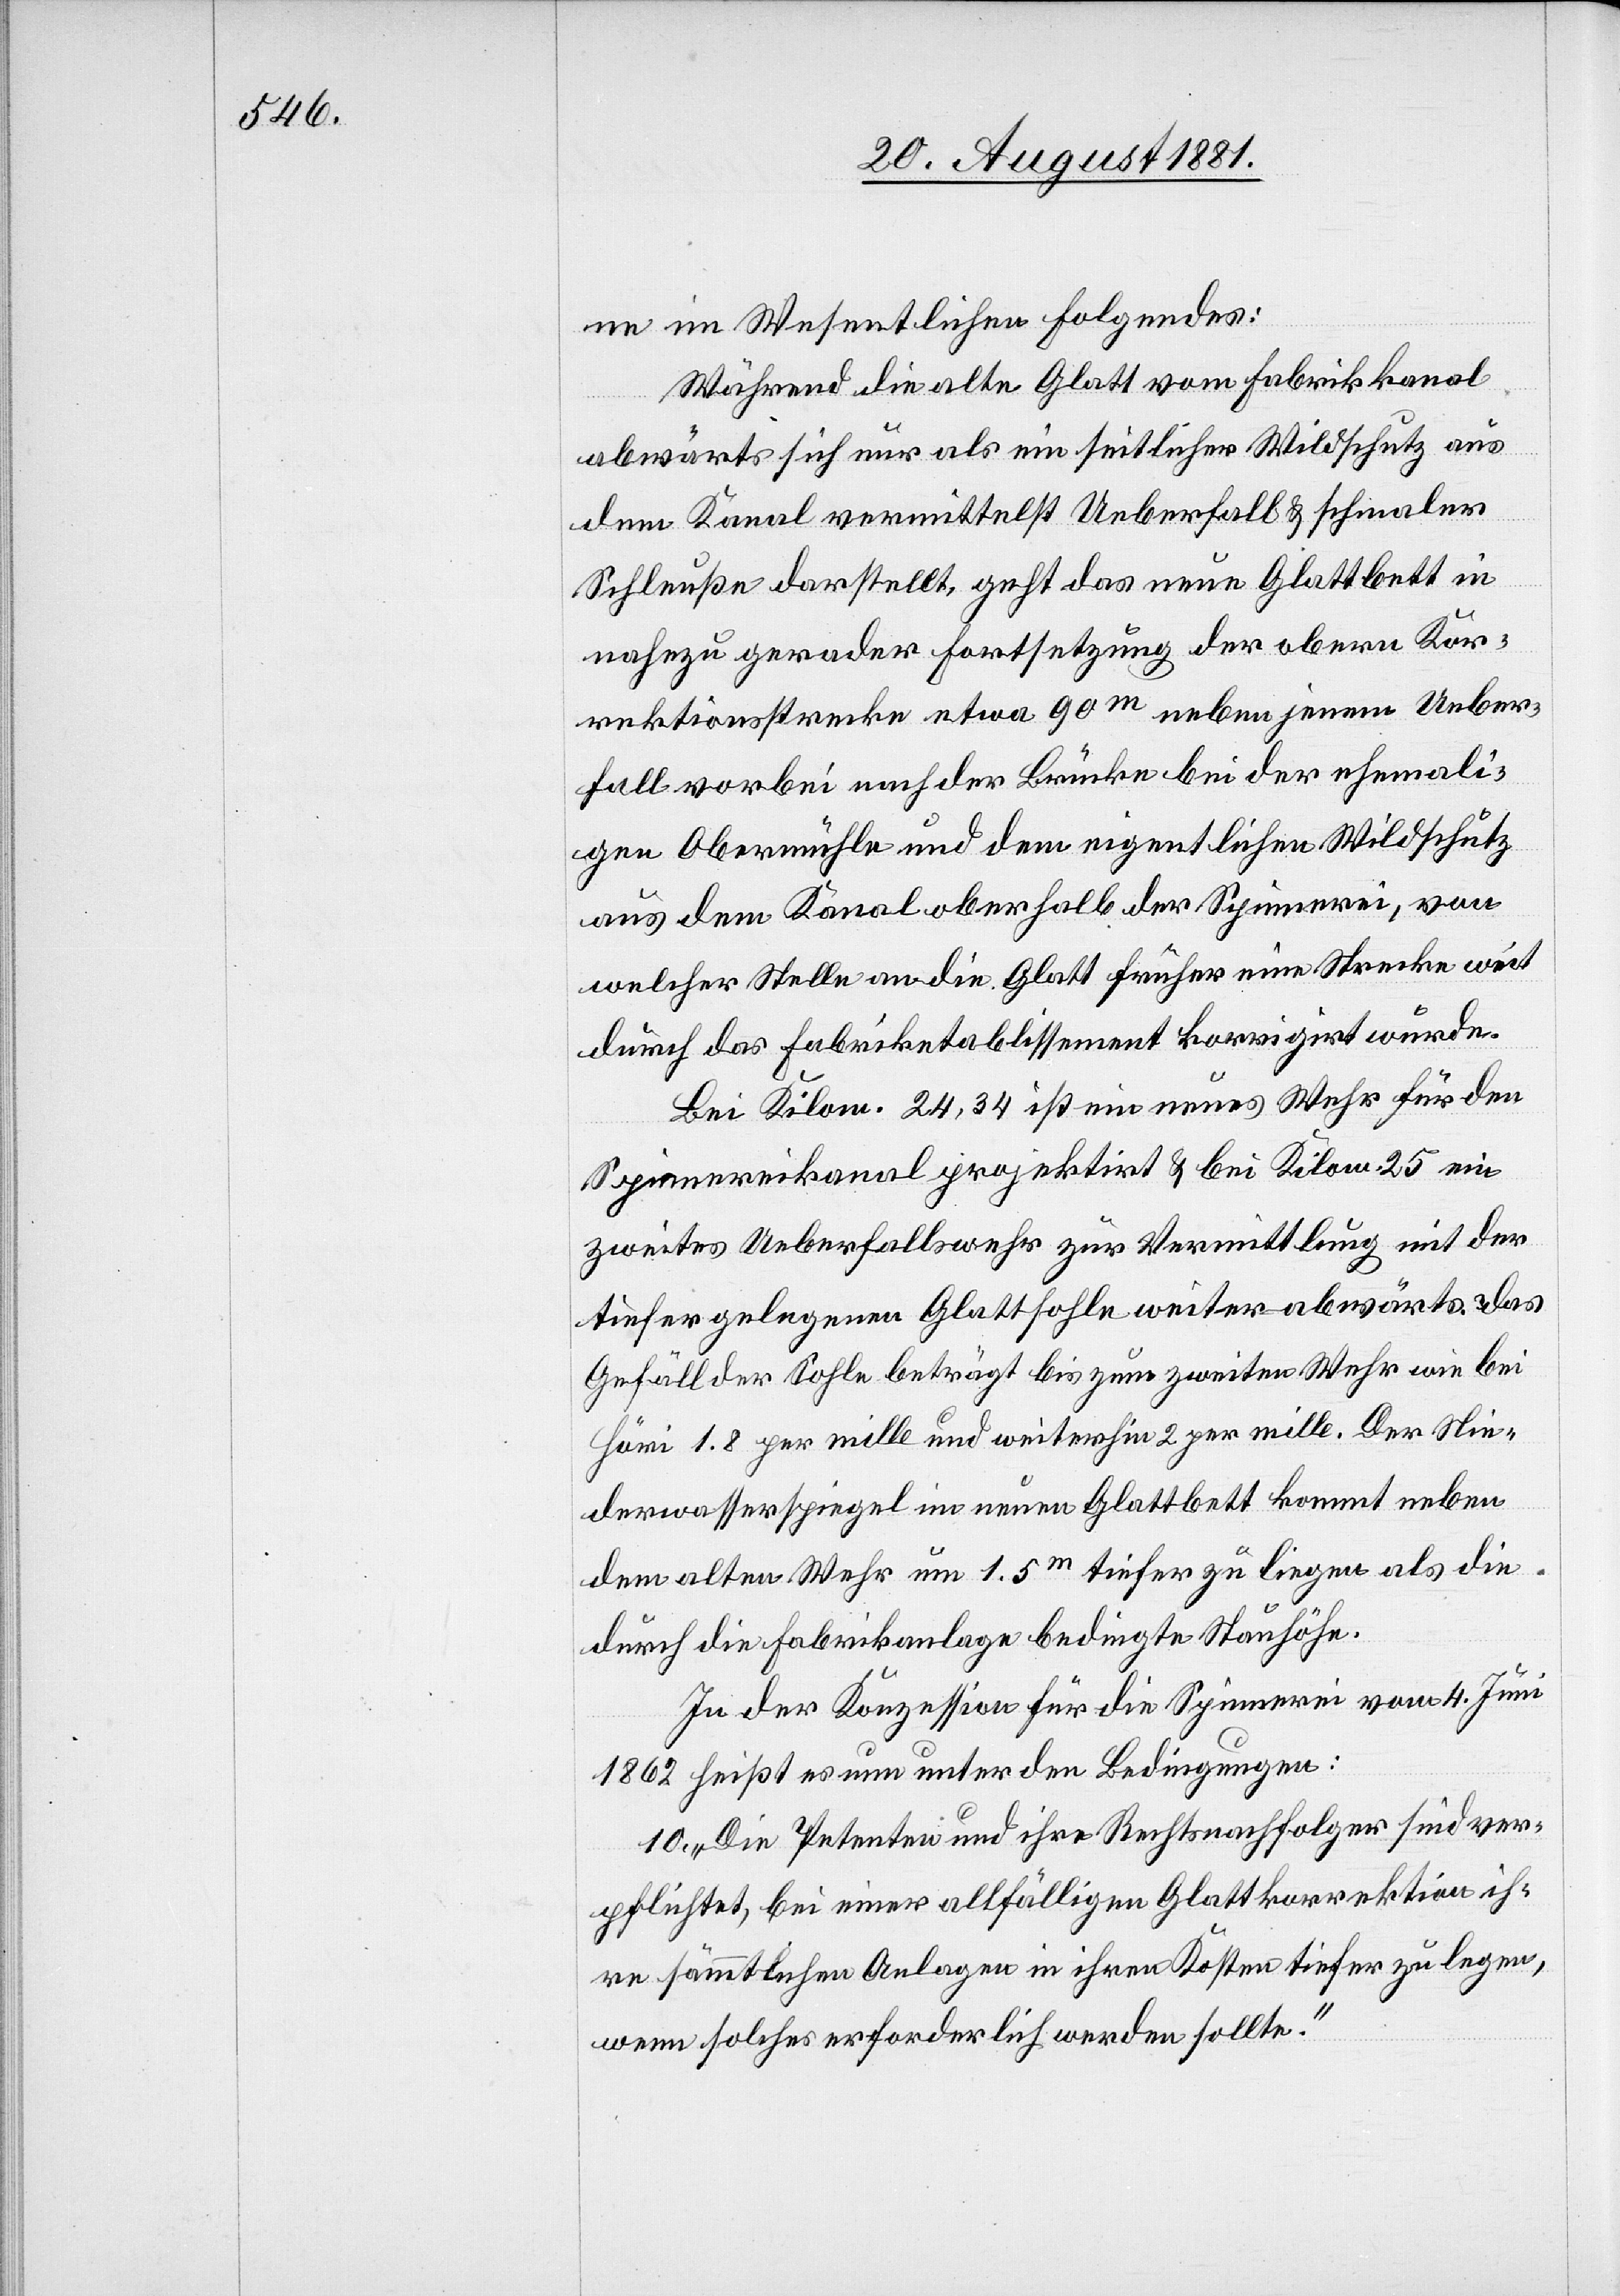
ne im Wesentlichen folgendes:
Während die alte Glatt vom Fabrikkanal
abwärts sich nur als ein seitlicher Wildschutz aus
dem Kanal vermittelst Ueberfall & schmaler
Schleuße darstellt, geht das neue Glattbett in
nahezu gerader Fortsetzung der obern Kor¬
rektionsstrecke etwa 90m neben jenem Ueber¬
fall vorbei nach der Brücke bei der ehemali¬
gen Obermühle und dem eigentlichen Wildschutz
aus dem Kanal oberhalb der Spinnerei, von
welcher Stelle an die Glatt früher eine Strecke weit
durch das Fabriketablissement korrigirt wurde.
Bei Kilom. 24,34 ist ein neues Wehr für den
Spinnereikanal projektirt & bei Kilom. 25 ein
zweites Ueberfallswehr zur Vermittlung mit der
tiefer gelegenen Glattfohle weiter abwärts. das
Gefälle der Sohle beträgt bis zum zweiten Wehr wie bei
Höri 1.8 per mille und weiterhin 2 per mille. Der Nie¬
derwasserspiegel im neuen Glattbett kommt neben
dem alten Wehr um 1.5m tiefer zu liegen als die
durch die Fabrikanlage bedingte Stauhöhe.
In der Konzession für die Spinnerei vom 4. Juni
1862 heißt es nun unter den Bedingungen:
10. „Die Petenten und ihre Rechtsnachfolger sind ver¬
pflichtet, bei einer allfälligen Glattkorrektion ih¬
re sämmtlichen Anlagen in ihren Kosten tiefer zu legen,
wenn solches erforderlich werden sollte.“